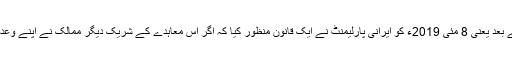
ایران اور پانچ جمع ایک ممالک کے درمیان ہونے والے عالمی معاہدے سے امریکہ کے نکل جانے کے بعد یعنی 8 مئی 2019ء کو ایرانی پارلیمنٹ نے ایک قانون منظور کیا کہ اگر اس معاہدے کے شریک دیگر ممالک نے اپنے وعدوں پر عمل نہ کیا تو ایران بھی مرحلہ وار اس معاہدے کی شقوں پر عمل کرنے سے ہاتھ کھینچ لے گا۔